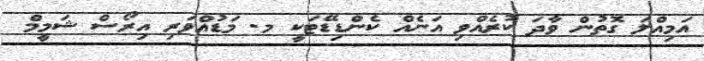
އަމިއްލަ ގޮތުން ވާދަ ކުރެއްވި އަނެއް ކެންޑިޑޭޓަކީ މ. މަޑުއްވަރި އިރޯސް ޝަމީމް